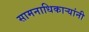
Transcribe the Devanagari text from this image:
सामनाधिकार्‍यांनी